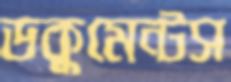
ডকুমেন্টস